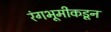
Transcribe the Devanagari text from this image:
रंगभूमीकडून